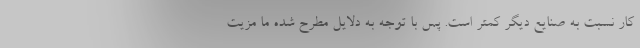
کار نسبت به صنایع دیگر کمتر است. پس با توجه به دلایل مطرح شده ما مزیت